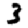
Digit: 3